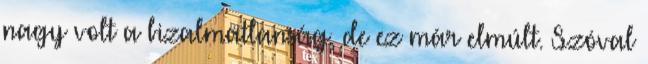
nagy volt a bizalmatlanság, de ez már elmúlt. Szóval